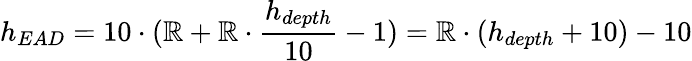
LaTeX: h_{EAD}=10\cdot(\mathbb{R}+\mathbb{R}\cdot{\frac{{h_{depth}}}{{10}}}-1)=\mathbb{R}\cdot(h_{depth}+10)-10